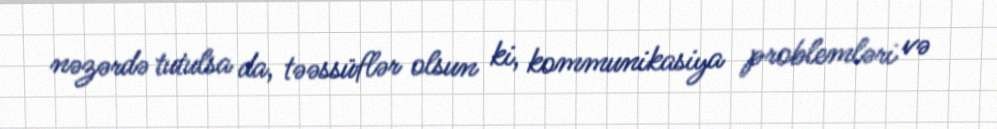
nəzərdə tutulsa da, təəssüflər olsun ki, kommunikasiya problemləri və